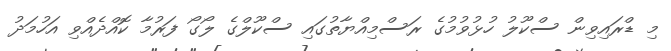
މި ޑްރައިވިން ސްކޫލު ހުޅުވުމުގެ ރަސްމިއްޔާތުގައި ސްކޫލްގެ ލޯގޯ ފަރުމާ ކޮއްދެއްވި އަހުމަދު